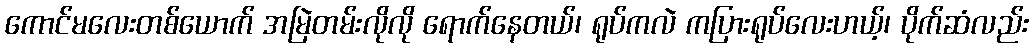
ကောင်မလေးတစ်ယောက် အမြဲတမ်းလိုလို ရောက်နေတယ်၊ ရုပ်ကလဲ ကပြားရုပ်လေးဟယ့်၊ ပိုက်ဆံလည်း